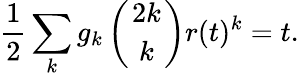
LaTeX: \frac 12\sum_{k}g_{k}\left({2k\atop k}\right)r(t)^{k}=t.